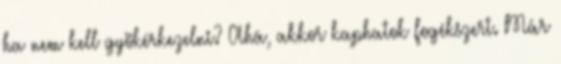
ha nem kell gyökérkezelni? Ahá, akkor kaphatok fogékszert. Már